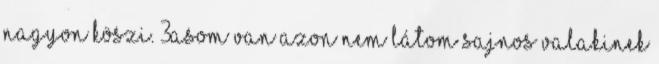
Nagyon köszi. 3asom van azon nem látom sajnos Valakinek